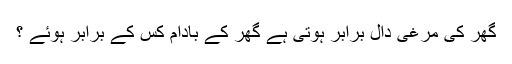
گھر کی مرغی دال برابر ہوتی ہے گھر کے بادام کس کے برابر ہوئے ؟